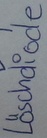
Text: Löschdiode